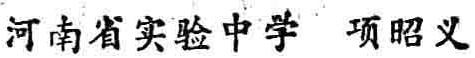
河南省实验中学 项昭义